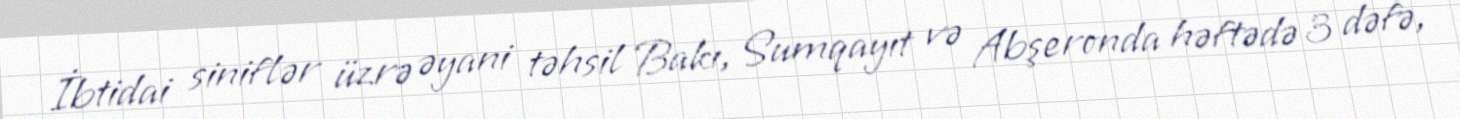
İbtidai siniflər üzrə əyani təhsil Bakı, Sumqayıt və Abşeronda həftədə 3 dəfə,